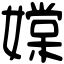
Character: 𡡢